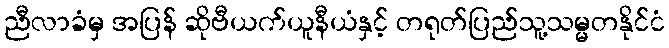
ညီလာခံမှ အပြန် ဆိုဗီယက်ယူနီယံနှင့် တရုတ်ပြည်သူ့သမ္မတနိုင်ငံ